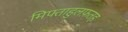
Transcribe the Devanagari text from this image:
मिफ्ताहुलफ़तह